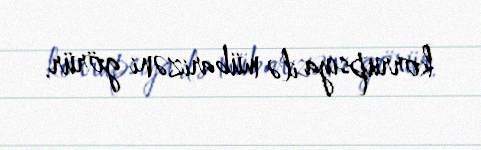
korrupsiya ilə mübarizəni görür.